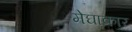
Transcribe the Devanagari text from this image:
मेघाकार